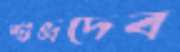
শুভ্রদেব